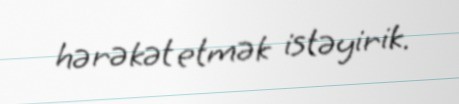
hərəkət etmək istəyirik.